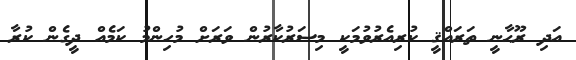
އަދި ރޫޙާނީ ތަރައްޤީ ކުރިއެރުވުމަކީ މިސަރުކާރުން ވަރަށް މުހިންމު ކަމެއް ދީގެން ކުރާ